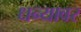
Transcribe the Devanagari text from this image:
धन्यावर